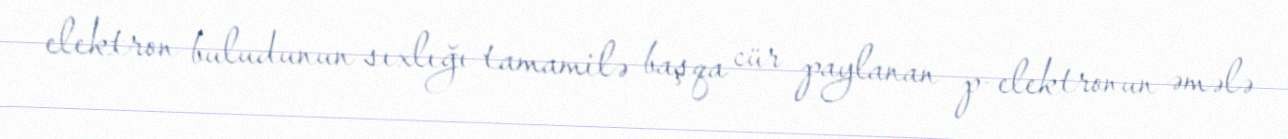
elektron buludunun sıxlığı tamamilə başqa cür paylanan p-elektronun əmələ